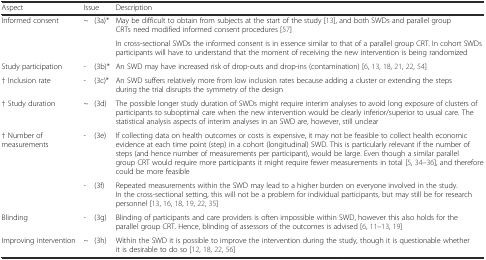
| Aspect | <COLSPAN=2> Issue | Description |
 | --- | --- | --- | --- |
 | <ROWSPAN=2> Informed consent | <ROWSPAN=2> ~ | <ROWSPAN=2> (3a)* | May be difficult to obtain from subjects at the start of the study [13], and both SWDs and parallel group CRTs need modified informed consent procedures [57] |
 | In cross-sectional SWDs the informed consent is in essence similar to that of a parallel group CRT. In cohort SWDs participants will have to understand that the moment of receiving the new intervention is being randomized |
 | Study participation | - | (3b)* | An SWD may have increased risk of drop-outs and drop-ins (contamination) [6, 13, 18, 21, 22, 54] |
 | † Inclusion rate | - | (3c)* | An SWD suffers relatively more from low inclusion rates because adding a cluster or extending the steps during the trial disrupts the symmetry of the design |
 | † Study duration | ~ | (3d) | The possible longer study duration of SWDs might require interim analyses to avoid long exposure of clusters of participants to suboptimal care when the new intervention would be clearly inferior/superior to usual care. The statistical analysis aspects of interim analyses in an SWD are, however, still unclear |
 | <ROWSPAN=2> † Number of measurements | - | (3e) | If collecting data on health outcomes or costs is expensive, it may not be feasible to collect health economic evidence at each time point (step) in a cohort (longitudinal) SWD. This is particularly relevant if the number of steps (and hence number of measurements per participant), would be large. Even though a similar parallel group CRT would require more participants it might require fewer measurements in total [5, 34–36], and therefore could be more feasible |
 | - | (3f) | Repeated measurements within the SWD may lead to a higher burden on everyone involved in the study. In the cross-sectional setting, this will not be a problem for individual participants, but may still be for research personnel [13, 16, 18, 19, 22, 35] |
 | Blinding | - | (3g) | Blinding of participants and care providers is often impossible within SWD, however this also holds for the parallel group CRT. Hence, blinding of assessors of the outcomes is advised [6, 11–13, 19] |
 | Improving intervention | ~ | (3h) | Within the SWD it is possible to improve the intervention during the study, though it is questionable whether it is desirable to do so [12, 18, 22, 56] |